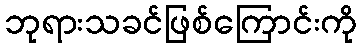
ဘုရားသခင်ဖြစ်ကြောင်းကို